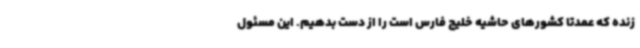
زنده که عمدتا کشورهای حاشیه خلیج فارس است را از دست بدهیم. این مسئول